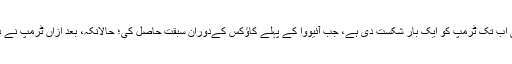
کروز بارہا اپنے ووٹروں سے کہہ چکے ہیں کہ اُنھوں نے ہی اب تک ٹرمپ کو ایک بار شکست دی ہے، جب آئیووا کے پہلے کاؤکس کےدوران سبقت حاصل کی؛ حالانکہ، بعد ازاں ٹرمپ نے دیگر تین ریاستوں میں ہونے والے مقابلوں میں فتح حاصل کی۔